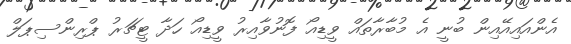
އެންއައިއޭއިން ބުނީ އެ މުބާރާތައް ވީޑިއޯ ފޮނުވާއިރު ވީޑިއޯ ހަދާ ޓީޗަރު ޕްރިންސިޕަލް